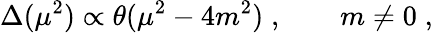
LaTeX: \Delta(\mu^{2})\propto\theta(\mu^{2}-4m^{2})\; ,\qquad m\ne 0\; ,